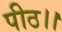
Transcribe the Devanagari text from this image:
पीठ।।